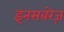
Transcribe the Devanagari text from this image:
इनसबरेज़